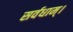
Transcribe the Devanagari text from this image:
सर्वधाम्‌।